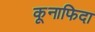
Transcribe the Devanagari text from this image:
कूनाफिदा